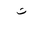
Letter: _non